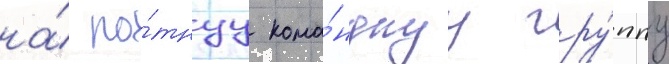
на́ ро́тнуу кома́нднуу гру́ппу